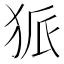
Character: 𤞅